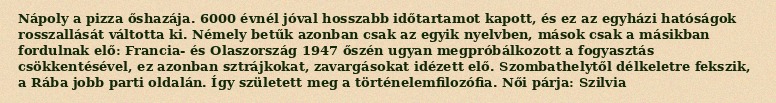
Nápoly a pizza őshazája. 6000 évnél jóval hosszabb időtartamot kapott, és ez az egyházi hatóságok rosszallását váltotta ki. Némely betűk azonban csak az egyik nyelvben, mások csak a másikban fordulnak elő: Francia- és Olaszország 1947 őszén ugyan megpróbálkozott a fogyasztás csökkentésével, ez azonban sztrájkokat, zavargásokat idézett elő. Szombathelytől délkeletre fekszik, a Rába jobb parti oldalán. Így született meg a történelemfilozófia. Női párja: Szilvia